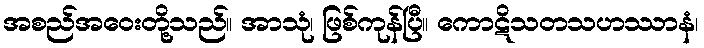
အစည်အဝေးတို့သည်။ အာသုံ၊ ဖြစ်ကုန်ပြီ။ ကောဋိသတသဟဿာနံ၊